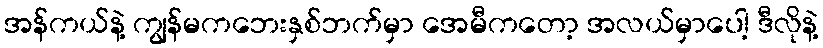
အန်ကယ်နဲ့ ကျွန်မကဘေးနှစ်ဘက်မှာ အေမီကတော့ အလယ်မှာပေါ့ ဒီလိုနဲ့